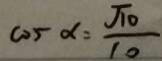
\cos \alpha = \frac { \sqrt { 1 0 } } { 1 0 }